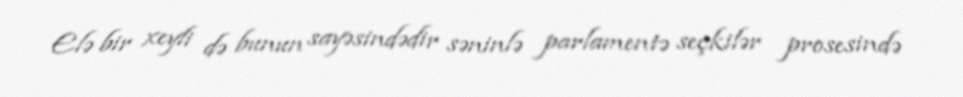
Elə bir xeyli də bunun sayəsindədir səninlə parlamentə seçkilər prosesində